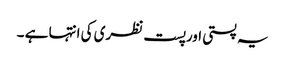
یہ پستی اورپست نظری کی انتہا ہے ۔